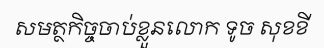
សមត្ថកិច្ចចាប់ខ្លួនលោក ទូច សុខខី